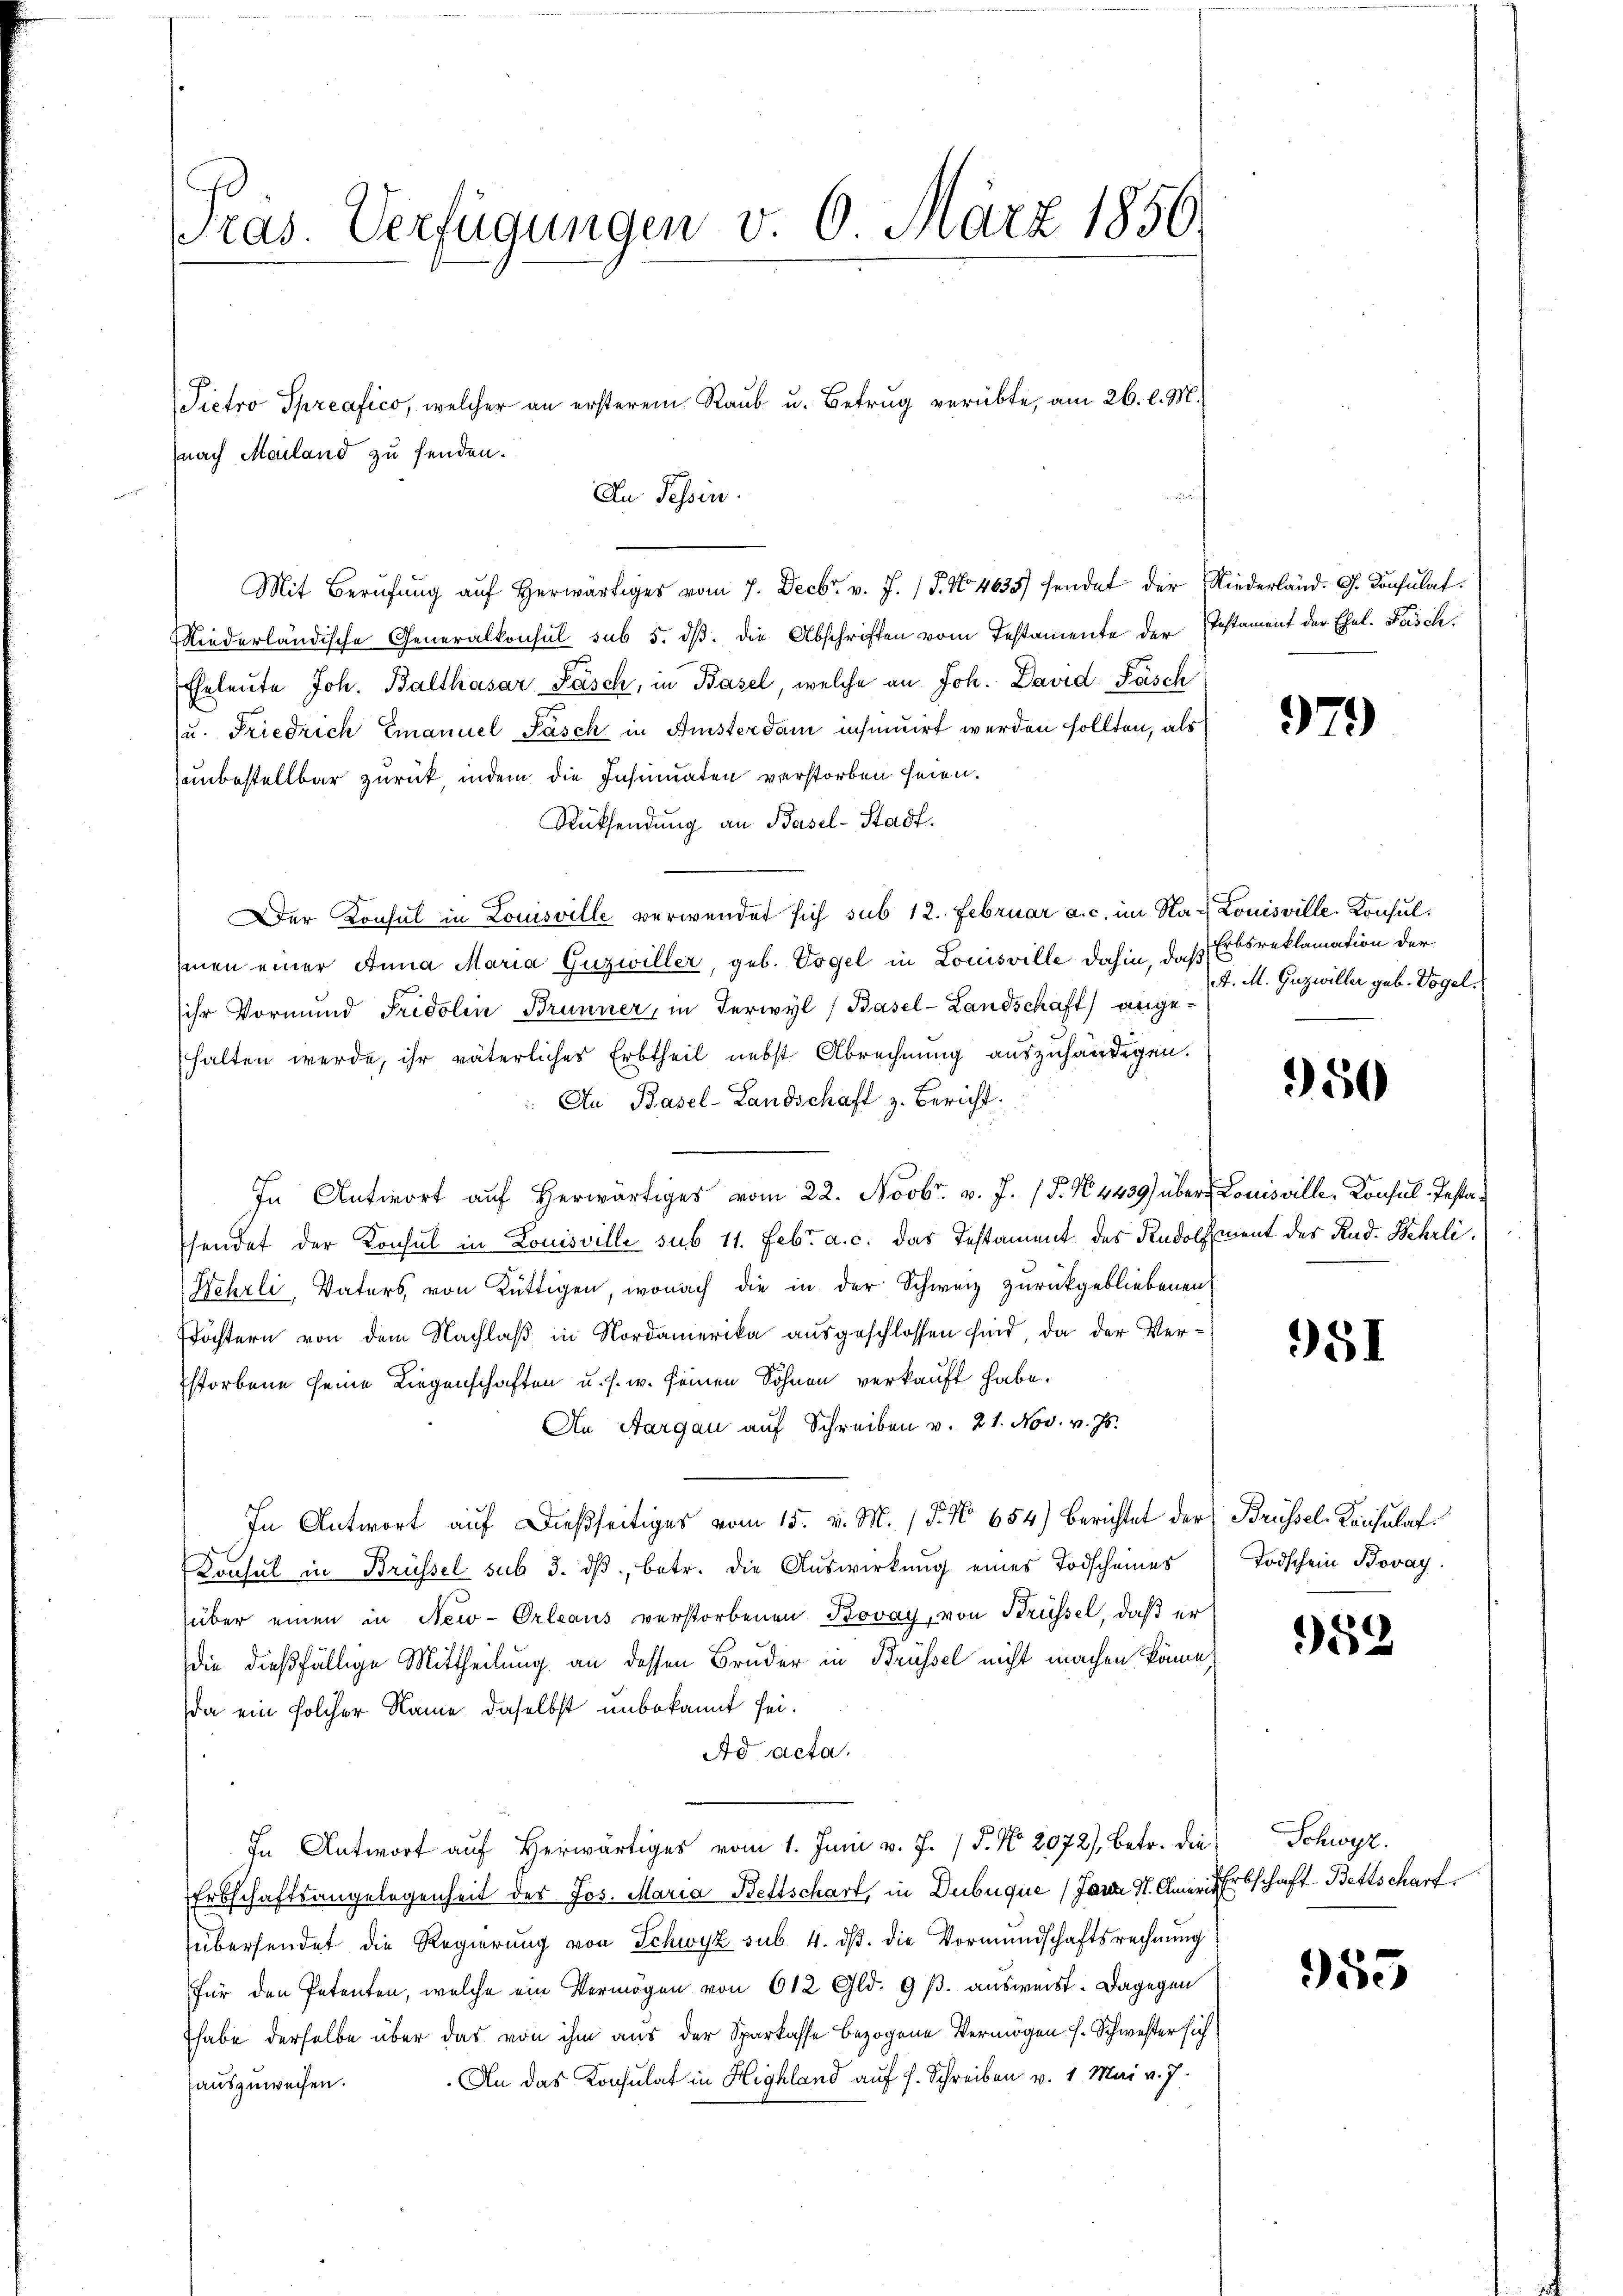
Präs. Verfügungen v. 6. März 1850.

nach Mailand zu senden.

Niederländische Generalkonsul sub 5. dβ. die Abschriften vom Testamente der Instament der Ehel. Fasch.
Eheleute Joh. Balthasar Pasch, in Basel, welche an Joh. David Fäsch
u. Friedrich Emanuel Pasch in Amsterdam insinuirt werden sollten, als
unbestellbar zurück, indem die Insinuaten verstorben seien.
Rüksendung an Basel-Stadt.
Der Konsul in Louisville verwendet sich sub 12. Februar a. c. im Na- Louisville Konsulhmen einer Anna Maria Guzwiller, geb. Vogel in Louisville dahin, daß Erbsreklamation der
ihr Vormund Fridolin Brunner, in Terwyl (Basel-Landschaft) angehalten werde, ihr väterliches Erbtheil nebst Abrechnung auszuhändigen.
Au Basel-Landschaft z. Bericht.
In Antwort auf Herr vom 22. Novbr. v. J. P. N. 4439) über Louisville, Konsul-Testahendet der Konsul in Louisville sub 11. Febr. a. c. das Testament des Rudolfment des Rud. Wehrli¬
Wehrli, Vaters, von Rüttigen, wonach die in der Schweiz zurückgebliebenen
öchtern von dem Nachlaß in Nordamerika ausgeschlossen sind, da der Verstorbene seine Liegenschaften u. s. w. seinen Söhnen verkauft habe.
An Aargau auf Schreiben v. 21. Nov. v. Js.
In Antwort auf dießseitiges vom 15. v. M. P. No 654) Berichtet der Brüssel-Konsulat
Konsul in Brüssel sub 3. dβ, betr. die Auswirkung eines Todscheines
über einen in New-Orleaus verstorbenen Kovay, von Brüssel, daß er
die dießfällige Mittheilung an dessen Bruder in Brüssel nicht machen könne,
da ein solcher Name, daselbst unbekannt sei.
Ad acta.
In Antwort aŭf herwärtiges vom 1. Juni v. J. P. No. 2072), betr. die Schwyz.
Erbschaftsangelegenheit der Jos. Maria Bettschart, in Dubuque (Jara St. Anner Erbschaft Bertschart
übersendet die Regierŭng von Schwyz sub. 4. dβ. die Vormŭndschaftsrechnŭng
für den Petenten, welche ein Vermögen von 612 Gld. 9 s. ausweist. Dagegen
habe derselbe über das von ihm aus der Sparkasse bezogene Vermögen (s. Schwester sich
An das Konsulat in Highland auf s. Schreiben v. 1. Mai v. J.
auszuweisen.

Pietro Spreafico, welcher an ersterem Raub u. Betrug verübte, am 26. l. M.

In Tessin.

Mit Berŭfŭng aŭf herwärtiges vom 7. Decbr. v. J. P. No. 4635) sendet der Niederländ. G. Consulat

979)

A. M. Guzwiller geb. Vogel.

950

951

Todschein Bovay

982

955